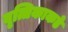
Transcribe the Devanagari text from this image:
वृत्तिकाकडे